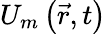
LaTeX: U_{m}\left(\vec{r},t\right)